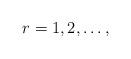
LaTeX: \begin{align*}r=1,2,\ldots,\end{align*}